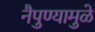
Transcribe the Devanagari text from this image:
नैपुण्यामुळे